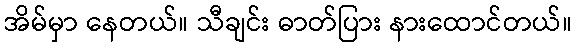
အိမ်မှာ နေတယ်။ သီချင်း ဓာတ်ပြား နားထောင်တယ်။